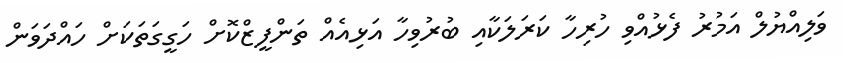
ވަލިއްޔުލް އަމުރު ފެޅުއްވި ހުރިހާ ކަރަލަކާއި ބުރުވިހާ އަޅިއެއް ތަންފީޒްކޮށް ހަގީގަތަކަށް ހައްދަވަން